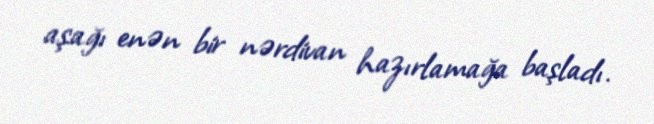
aşağı enən bir nərdivan hazırlamağa başladı.